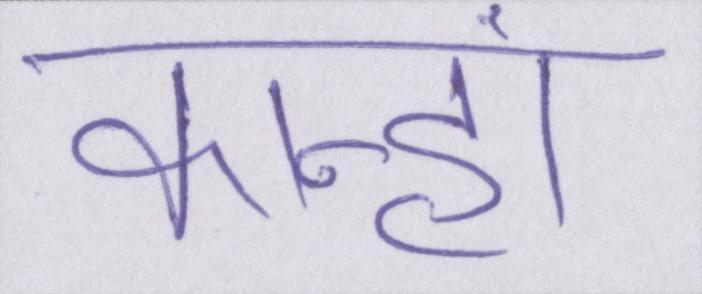
कान्हां